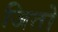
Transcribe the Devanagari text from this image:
जितो